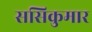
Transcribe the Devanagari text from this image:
ससिकुमार